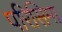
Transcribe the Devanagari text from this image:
परिसिमा